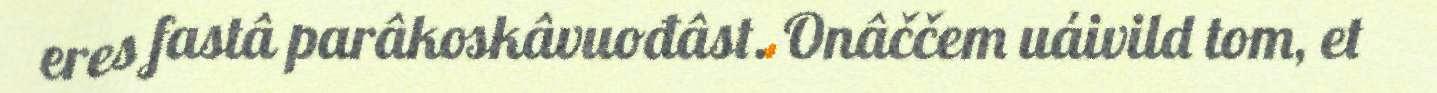
eres fastâ parâkoskâvuođâst. Onâččem uáivild tom, et